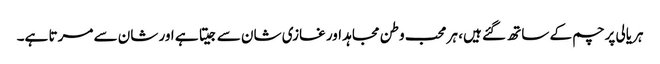
ہریالی پرچم کے ساتھ گئے ہیں، ہر محب وطن مجاہد اور غازی شان سے جیتا ہے اور شان سے مرتا ہے۔